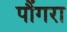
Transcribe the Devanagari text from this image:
पौंगरा